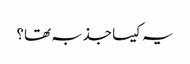
یہ کیسا جذبہ تھا؟